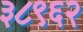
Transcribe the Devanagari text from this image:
३८९६२